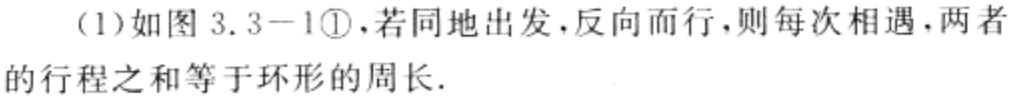
(1)如图 3.3 - 1\textcircled{1}，若同地出发，反向而行，则每次相遇，两者的行程之和等于环形的周长.